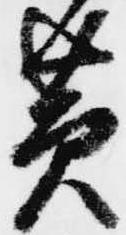
黄